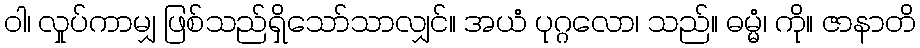
ဝါ၊ လှုပ်ကာမျှ ဖြစ်သည်ရှိသော်သာလျှင်။ အယံ ပုဂ္ဂလော၊ သည်။ ဓမ္မံ၊ ကို။ ဇာနာတိ